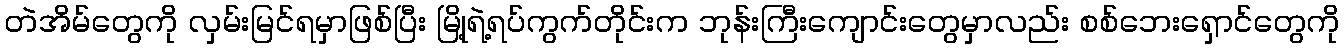
တဲအိမ်တွေကို လှမ်းမြင်ရမှာဖြစ်ပြီး မြို့ရဲ့ရပ်ကွက်တိုင်းက ဘုန်းကြီးကျောင်းတွေမှာလည်း စစ်ဘေးရှောင်တွေကို